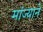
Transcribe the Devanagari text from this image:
मांज्याने